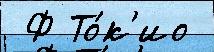
 Ф То́к'ио